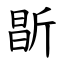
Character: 㫀